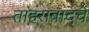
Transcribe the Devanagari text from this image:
ताहराबादचे